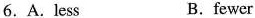
6.A.Less B.fewer